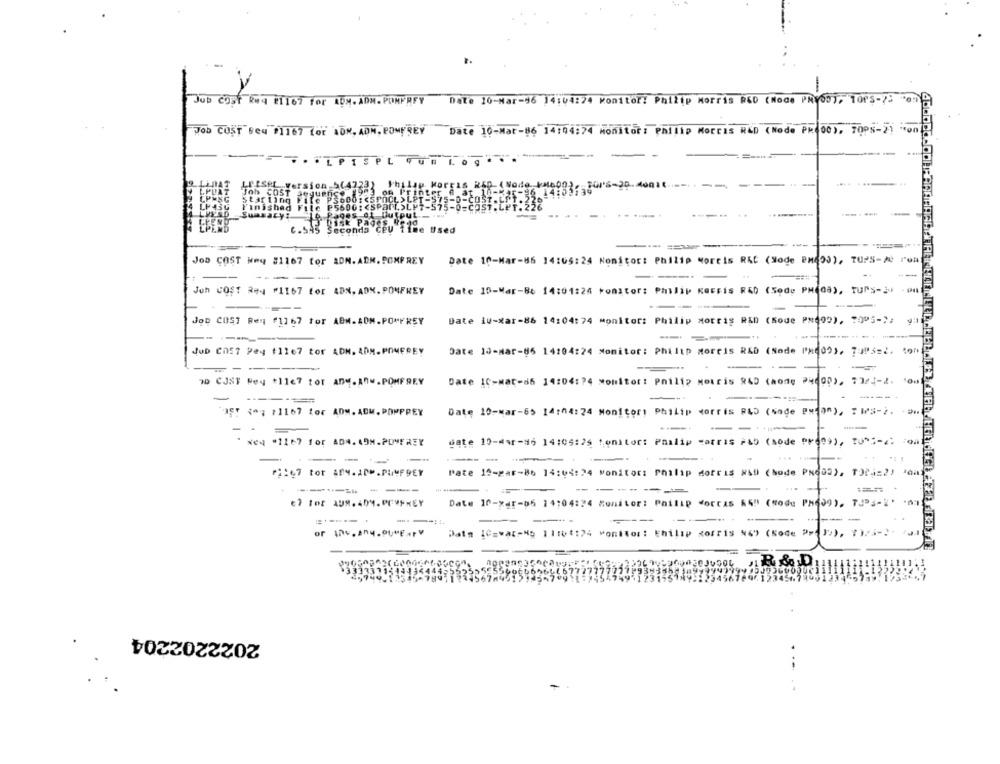
Date 10-Mar-96 14:04:24 Monitor: Philip Morris RED (Mode PMYO0), 10FS-73 "0:
Job Cost Req #1167 for ADM. ADM. POMFREY
Date 10-Mar-86 14:04:24 Monitor: Philip Morris R&D (Node PK(00), 709%-2) "on
Job COST Seq $1167 Lor ADM, ADM. POMFREY
--
PL QUE
LEISer version 56
Gr's-30. 40010
Job COST sequence
Starting File PSoo
Disk Pages Rend
C.585 Seconda CPU Time Used
Job COST Woy #1167 for ADN. ADM. POMFREY
Date 10-Mar-86 14:05:24 Monitor: Philip Morris RAC (Node PM(30), TUPS-24 rout
Joh COST Red "1167 for ADN, ADX. POMFREY
Date 10-Mar-Bo 14:01:24 Pomitor: Philip KOFFis R&D (Sede PM(Ga), Turs-Ji - om
--
Job COST Rey #11 67 for ABM. ADM.POMFREY
Date Iu-xar-86 14:04:74 monitor: Philip Morris R&D (Kode PN(99), ? 005->> 911
-----
JUD COST Pey t1167 tor ADM. ADM. POMFREY
Date 10-mar-86 14204:24 Monitor: Philip Morris R&D (Node PH(02), 739ś=2. ton
70 CJST Wey *1167 tor ADM. AnW. POMFREY
Date IC-Mat-d6 14:04:74 Monitor: Philip Morris RLD (hode P4dop), 7324-2. 1001.
FAST 4; 1167 for ADM. ADM. POMPPEY
Date 10-Mar-65 14:04:24 Monitory Philip Morris R&D (Node Balon), 1 103-2. . o.
. seq "1167 for ADM. 49M.POMFREY
Gate 10-Mar-96 14:05:25 tonitor: Philip catris F&b (sode Prees), to""-4.
--
--- -
Pi:67 tor Any.ADM.PUMF DEY
Pate 15-gar-86 14:04:24 Monitor: Philip Morris Will (bode PN602), TOP4=2) *6h.
----
---
e7 102 AUM.404. POMFREY
Date 10-x4r-85 14:04:24 Monitor: Paille "orcas KS" ("odu PM(39), TUPS-2'
------
Data ICzwar-Mg 11:04:24 Monitor: Ehilip xorris N6) (Kode Py(12), 7)3-2- 201
333331
5555
67771
15.7991
6784
2022202204